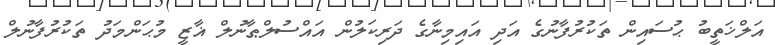
އަލްޚަތީބު ޙުސައިން ތަކުރުފާނުގެ އަދި އައިމިނާގެ ދަރިކަލުން އައްސުލްޠާނުލް ޣާޒީ މުޙަންމަދު ތަކުރުފާނުލް